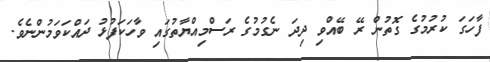
ފާހަގަ ކުރުމުގެ ގޮތުން ރޭ ބޭއްވި ދިދަ ނެގުމުގެ ރަސްމިއްޔާތުގައި ވާހަކަފުޅު ދައްކަވަމުންނެވެ.